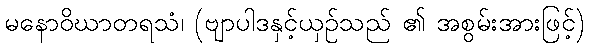
မနောဝိဃာတရသံ၊ (ဗျာပါဒနှင့်ယှဉ်သည် ၏ အစွမ်းအားဖြင့်)